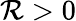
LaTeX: \mathcal R>0